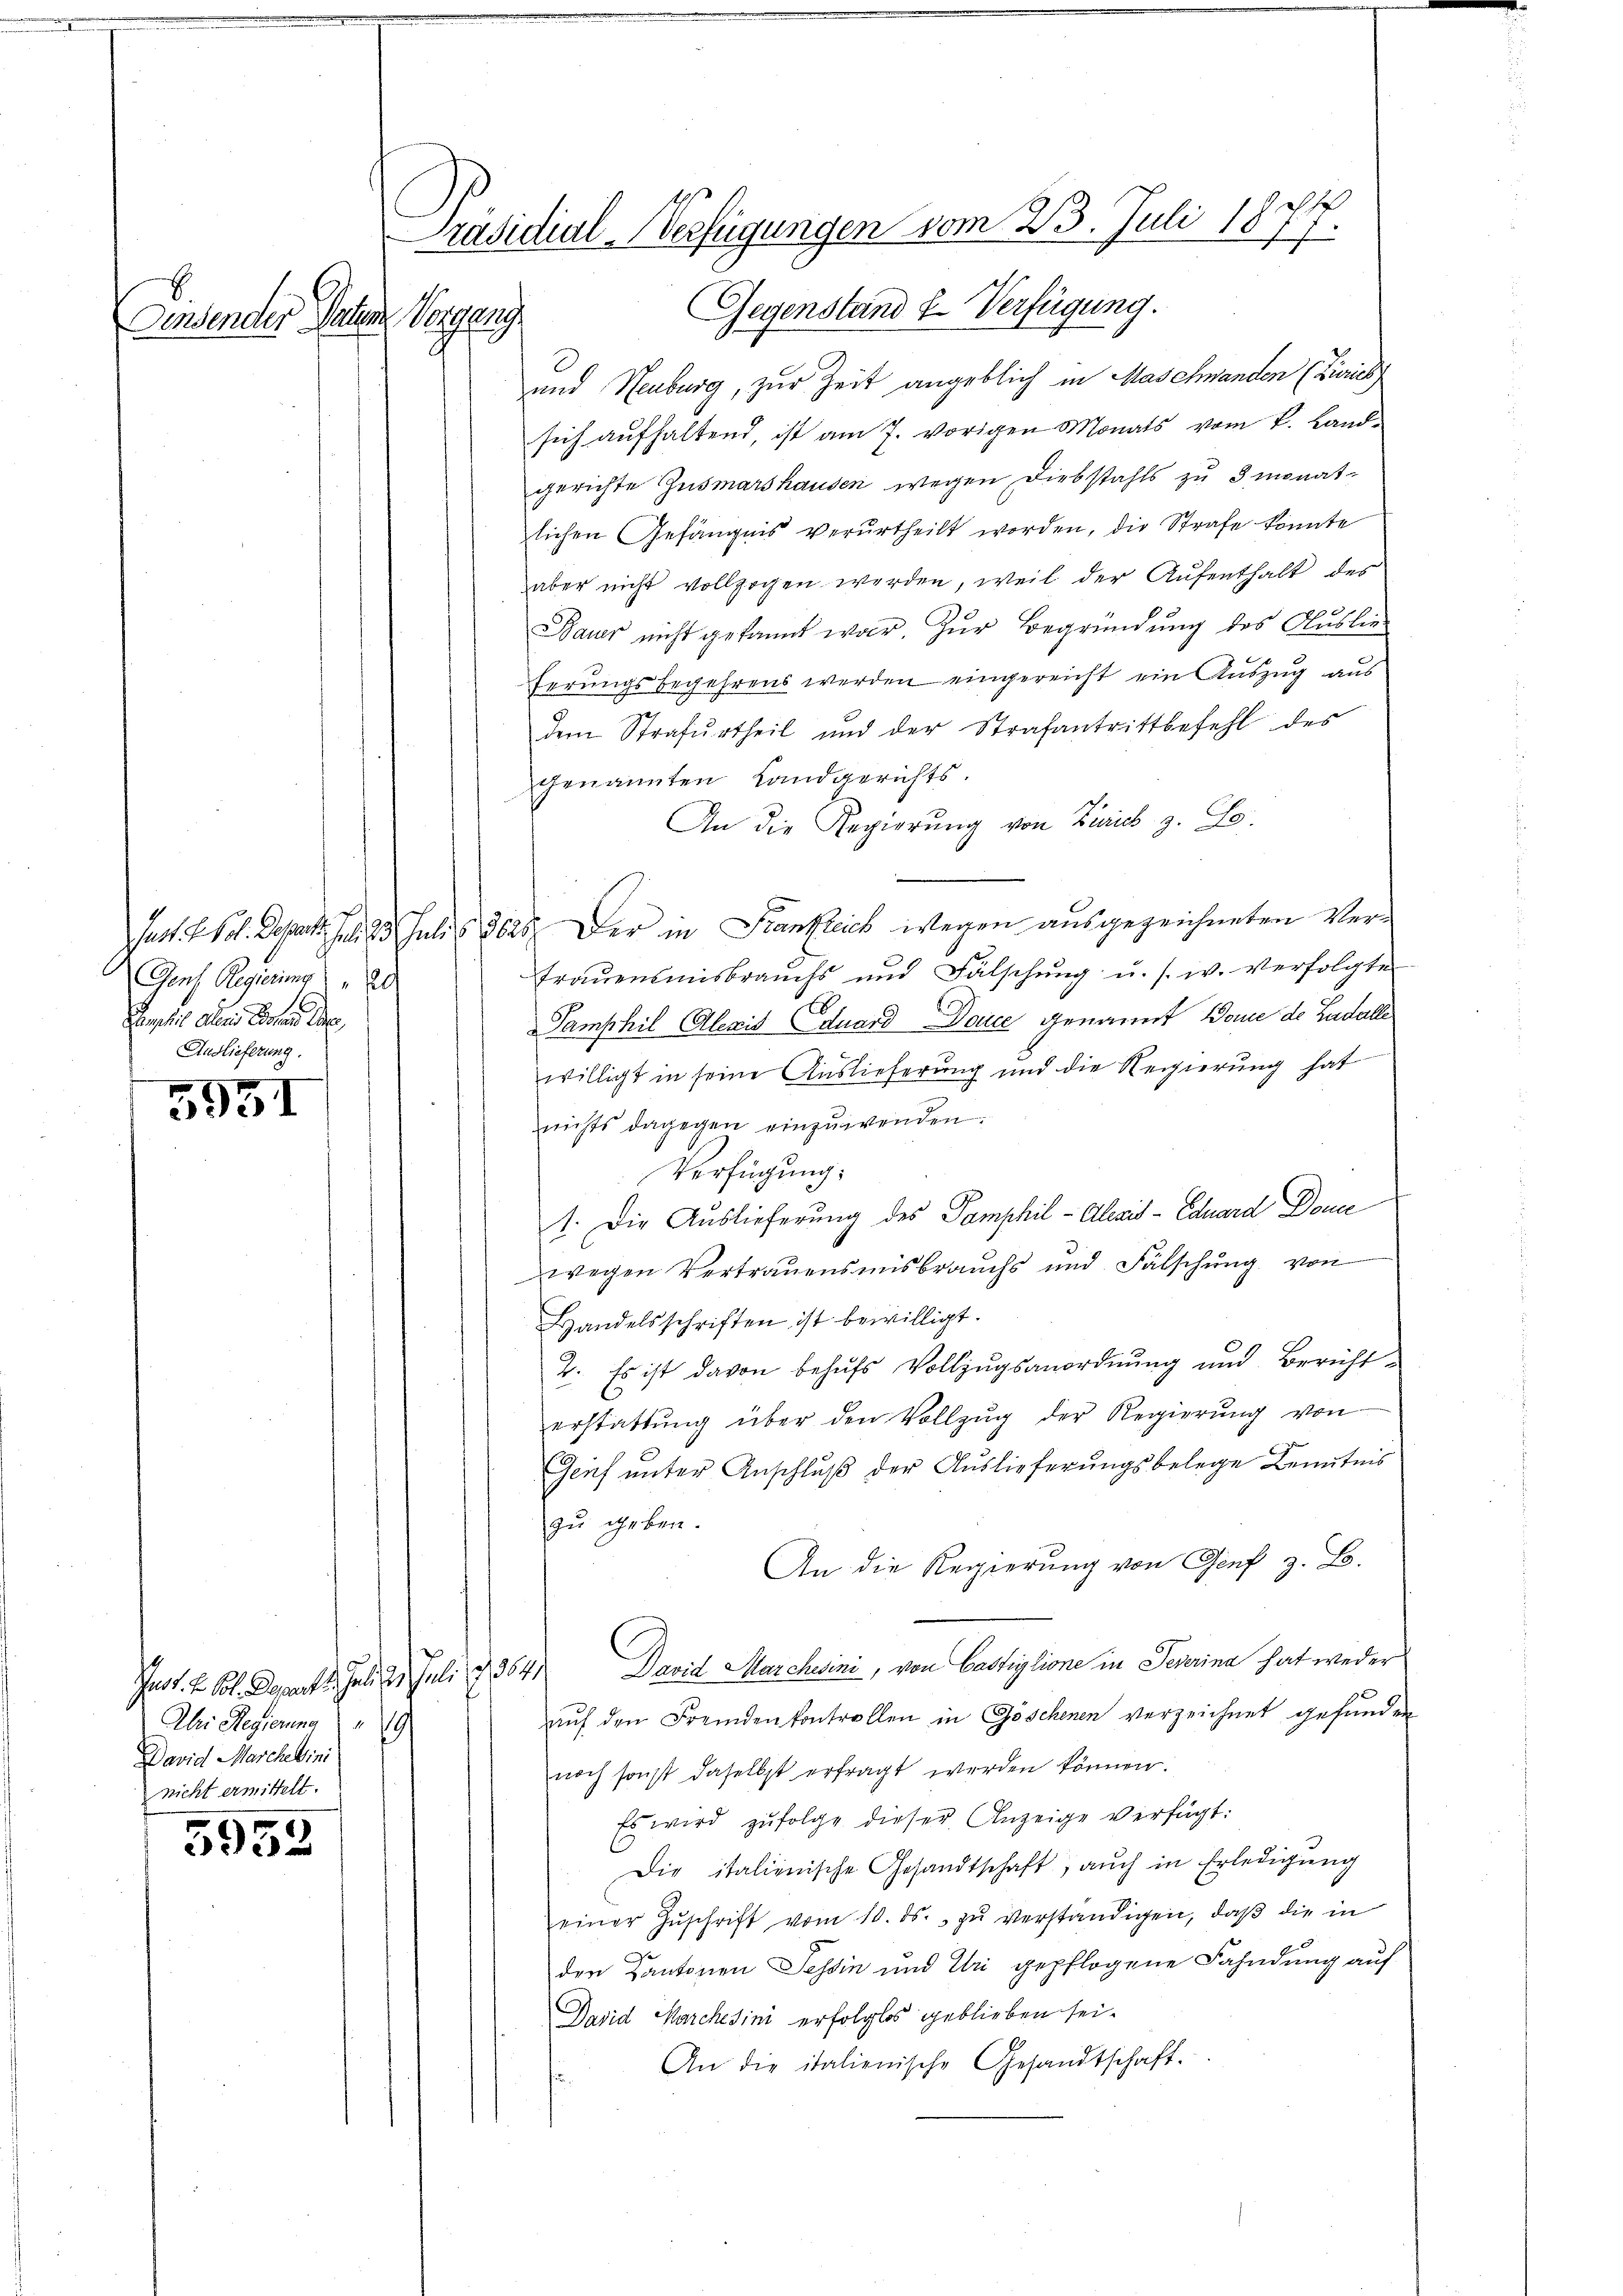
Ainsender Paten.

Gens Regierung "A
Pensil. Alaris Acten da
Auslieferung.

3951

Aber Regierung 19
David Marcheini
nicht ermittelt.

3952

Präsidial-Verfügungen vom 23. Juli 1877.
Gegenstand u. Verfügung.
Segung

und Heuburg, zur Zeit angeblich in Maschwanden (Livres
sich aŭfhaltend, ist am 7. vorigen Monats vom 2. Land-
gerichte Zusmarshausen wegen Diebstahls zu 3 monatlichen Gefängnis verurtheilt worden, die Strafe könnte
aber nicht vollzogen werden, weil der Aufenthalt des
Bauer nicht gekannt war. Zŭr Begründung des Auslieferungsbegehrens werden eingereicht ein Auszug aus
der Strafŭrtheil und der Strafantrittbefehl des
genannten Landgerichts.
An die Regierŭng von Zürich z. E.
Just. F. Vol. Depart. Fr. 23. Juli 3625. Der in Kanzleich wegen ausgezeichneten Ver¬
Trauensmisbrauchs und Fälschung u. s. w. verfolgte
Pamphil Alexis Eduard Douce genannt Bone de Ladalle
willigt in seine Auslieferung und die Regierung hat
nichts dagegen einzuwenden.
Verfügung.
1. Die Auslieferung des Pamphil - Alaris - Eduard Donne
wegen Vertrauensmisbrauchs und Fälschung von
Handelsschriften ist bewilligt.
2. Es ist davon behufs Vollzugsanordnung und Berichterstattŭng über den Vollzŭg der Regierŭng von
Geif unter Anschluß der Auslieferungsbelege Kenntnis
zu geben.
An die Regierŭng von Genf z. B.
Inot. L. Col. Derart 1. Juli 21. Juli d. 3641. David Marchsini, von Bastiglione in Severina hat weder
auf den Fremden kontrollen in Göschenen verzeichnet gefunden
noch sonst daselbst erfragt werden können.
Es wird zufolge dieser Anzeige verfügt:
Die italienische Gesandtschaft, auch in Erledigung
einer Zŭschrift vom 10. ds. zŭ verständigen, daβ die in
den Kantonen Tessin und Uri gepflogene Fahndung auf
David Marchesini erfolglos geblieben sei.
An die italienische Gesandtschaft.